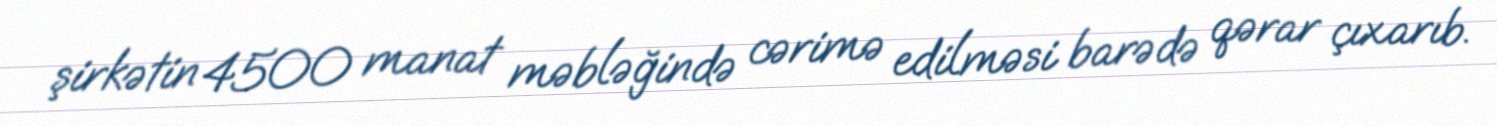
şirkətin 4500 manat məbləğində cərimə edilməsi barədə qərar çıxarıb.